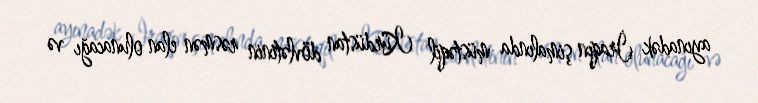
ayınadək İraqın şimalında müstəqil Kürdüstan dövlətinin rəsmən elan olunacağı və